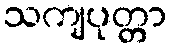
သကျပုတ္တာ